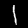
Digit: 1